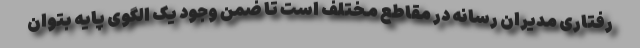
رفتاری مدیران رسانه در مقاطع مختلف است تا ضمن وجود یک الگوی پایه بتوان